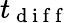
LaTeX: t_{\mathrm{~d~i~f~f~}}